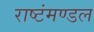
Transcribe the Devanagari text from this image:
राष्टंमण्डल